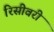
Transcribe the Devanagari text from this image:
रिसीवरी